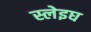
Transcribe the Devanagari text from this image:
स्लेइघ